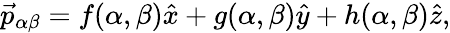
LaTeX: \vec{p}_{\alpha\beta}=f(\alpha,\beta)\hat{x}+g(\alpha,\beta)\hat{y}+h(\alpha,\beta)\hat{z},